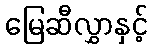
မြေဆီလွှာနှင့်